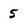
Character: 5